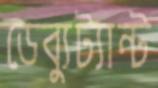
ডেব্যুট্যান্ট